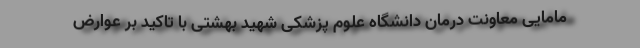
مامایی معاونت درمان دانشگاه علوم پزشکی شهید بهشتی با تاکید بر عوارض